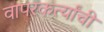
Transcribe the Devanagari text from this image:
वापरकर्त्यांची